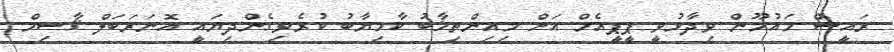
ރައީސް މައުމޫން ވިދާޅުވީ ޕީޕީއެމް އަށް މިއިންތިޚާބު ކާމިޔާބު ކުރެވިގެންދިޔައީ އޮނަރަބަލް ޤާސިމް